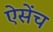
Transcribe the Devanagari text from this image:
ऐसेंच